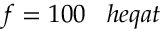
f = 1 0 0 \; \; \; h e q a t